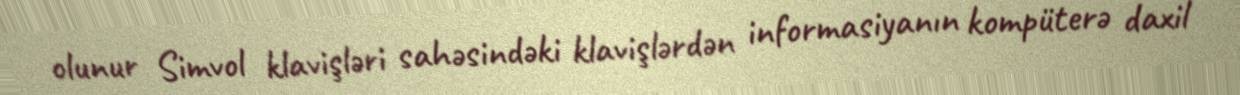
olunur Simvol klavişləri sahəsindəki klavişlərdən informasiyanın kompüterə daxil